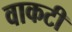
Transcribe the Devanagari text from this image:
वाकटी